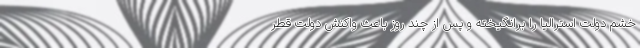
خشم دولت استرالیا را برانگیخته و پس از چند روز باعث واکنش دولت قطر